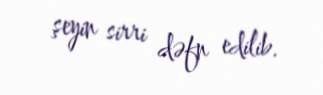
şeyin sirri dəfn edilib.